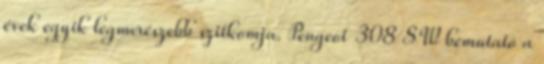
évek egyik legmerészebb szitkomja. Peugeot 308 SW bemutató a